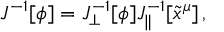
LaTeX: J ^ { - 1 } [ \phi ] = J _ { \perp } ^ { - 1 } [ \phi ] J _ { \parallel } ^ { - 1 } [ \tilde { x } ^ { \mu } ] \, ,